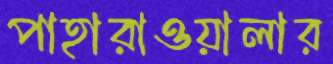
পাহারাওয়ালার